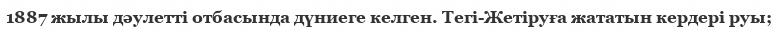
1887 жылы дәулетті отбасында дүниеге келген. Тегі-Жетіруға жататын кердері руы;